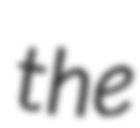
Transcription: the